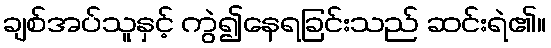
ချစ်အပ်သူနှင့် ကွဲ၍နေရခြင်းသည် ဆင်းရဲ၏။